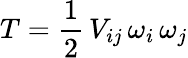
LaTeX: T=\frac{1}{2}\, V_{ij}\, \omega_{i}\, \omega_{j}